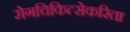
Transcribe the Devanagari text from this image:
रोगचिकित्सेकरिता